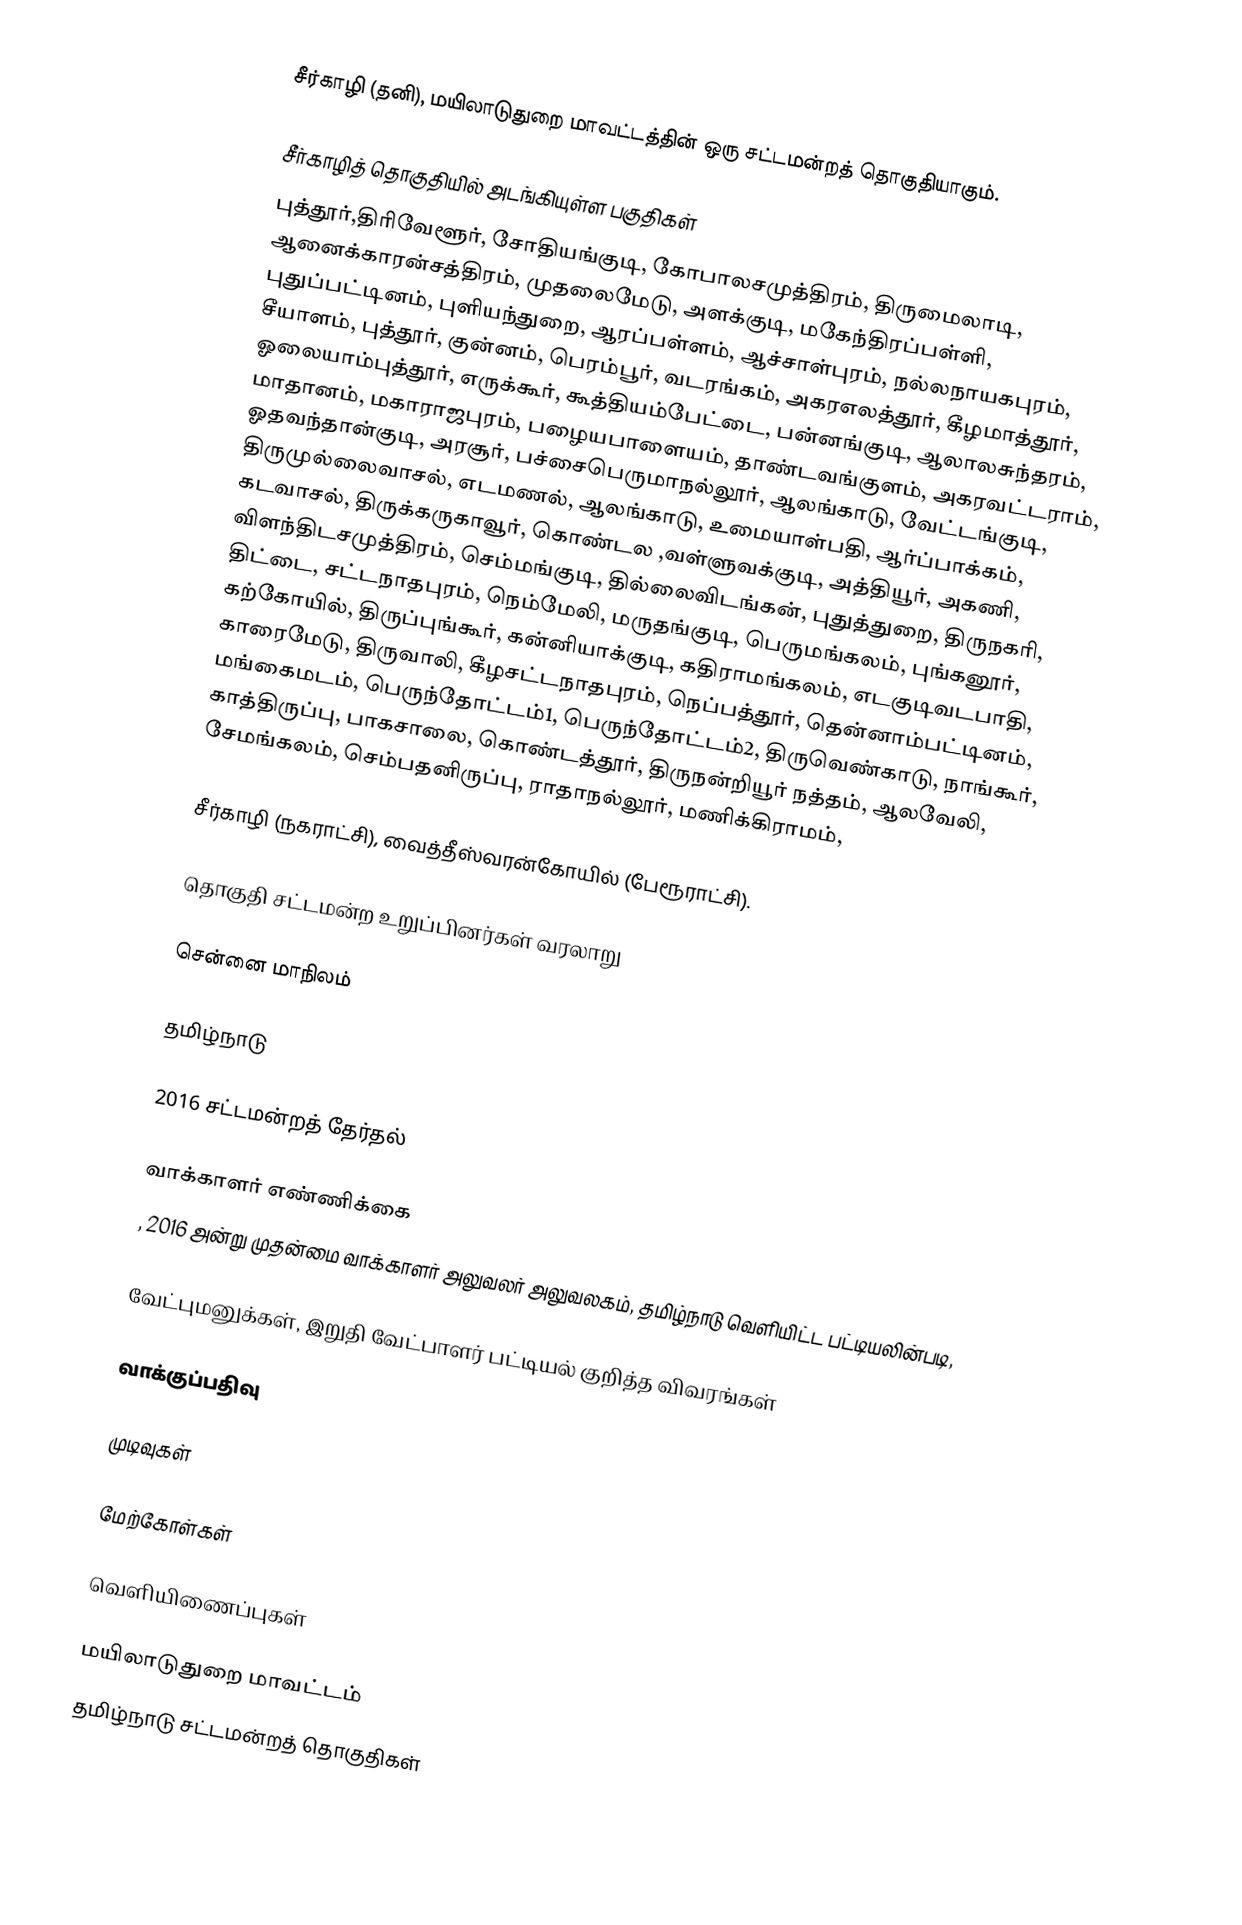
சீர்காழி (தனி),  மயிலாடுதுறை மாவட்டத்தின் ஒரு சட்டமன்றத் தொகுதியாகும்.

சீர்காழித் தொகுதியில் அடங்கியுள்ள பகுதிகள்
புத்தூர்,திரிவேளூர், சோதியங்குடி, கோபாலசமுத்திரம், திருமைலாடி, ஆனைக்காரன்சத்திரம், முதலைமேடு, அளக்குடி, மகேந்திரப்பள்ளி, புதுப்பட்டினம், புளியந்துறை, ஆரப்பள்ளம், ஆச்சாள்புரம், நல்லநாயகபுரம், சீயாளம், புத்தூர், குன்னம், பெரம்பூர், வடரங்கம், அகரஎலத்தூர், கீழமாத்தூர், ஓலையாம்புத்தூர், எருக்கூர், கூத்தியம்பேட்டை, பன்னங்குடி, ஆலாலசுந்தரம், மாதானம், மகாராஜபுரம், பழையபாளையம், தாண்டவங்குளம், அகரவட்டராம், ஓதவந்தான்குடி, அரசூர், பச்சைபெருமாநல்லூர், ஆலங்காடு, வேட்டங்குடி, திருமுல்லைவாசல், எடமணல், ஆலங்காடு, உமையாள்பதி, ஆர்ப்பாக்கம், கடவாசல், திருக்கருகாவூர், கொண்டல ,வள்ளுவக்குடி, அத்தியூர், அகணி, விளந்திடசமுத்திரம், செம்மங்குடி, தில்லைவிடங்கன், புதுத்துறை, திருநகரி, திட்டை, சட்டநாதபுரம், நெம்மேலி, மருதங்குடி, பெருமங்கலம், புங்கனூர், கற்கோயில், திருப்புங்கூர், கன்னியாக்குடி, கதிராமங்கலம், எடகுடிவடபாதி, காரைமேடு, திருவாலி, கீழசட்டநாதபுரம், நெப்பத்தூர், தென்னாம்பட்டினம், மங்கைமடம், பெருந்தோட்டம்1, பெருந்தோட்டம்2, திருவெண்காடு, நாங்கூர், காத்திருப்பு, பாகசாலை, கொண்டத்தூர், திருநன்றியூர் நத்தம், ஆலவேலி, சேமங்கலம், செம்பதனிருப்பு, ராதாநல்லூர், மணிக்கிராமம்,

சீர்காழி (நகராட்சி), வைத்தீஸ்வரன்கோயில் (பேரூராட்சி).

தொகுதி சட்டமன்ற உறுப்பினர்கள் வரலாறு

சென்னை மாநிலம்

தமிழ்நாடு

2016 சட்டமன்றத் தேர்தல்

வாக்காளர் எண்ணிக்கை
, 2016 அன்று முதன்மை வாக்காளர் அலுவலர் அலுவலகம், தமிழ்நாடு வெளியிட்ட பட்டியலின்படி,

வேட்புமனுக்கள், இறுதி வேட்பாளர் பட்டியல் குறித்த விவரங்கள்

வாக்குப்பதிவு

முடிவுகள்

மேற்கோள்கள்

வெளியிணைப்புகள்

மயிலாடுதுறை மாவட்டம்
தமிழ்நாடு சட்டமன்றத் தொகுதிகள்